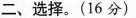
二、选择。(16分)